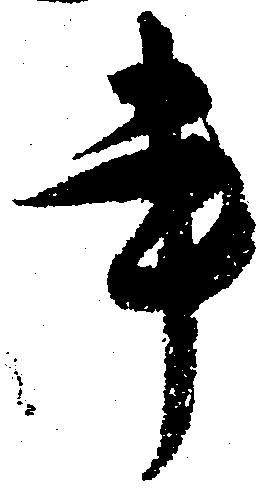
書